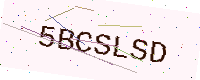
Text: 5BCSLSD